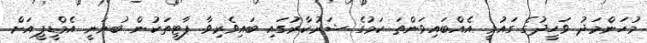
މުހަންމަދު ވަހީދުގެ ގައުމީ އެއްބައިވަންތަ ކަމުގެ ޝަރުކާރުގައި ބައިވެރިވާ ޕާޓީތަކުން ބުނަނީ އެމްޑީޕީއަށް